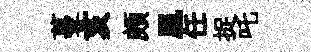
蔓亥頗凰任捉吒